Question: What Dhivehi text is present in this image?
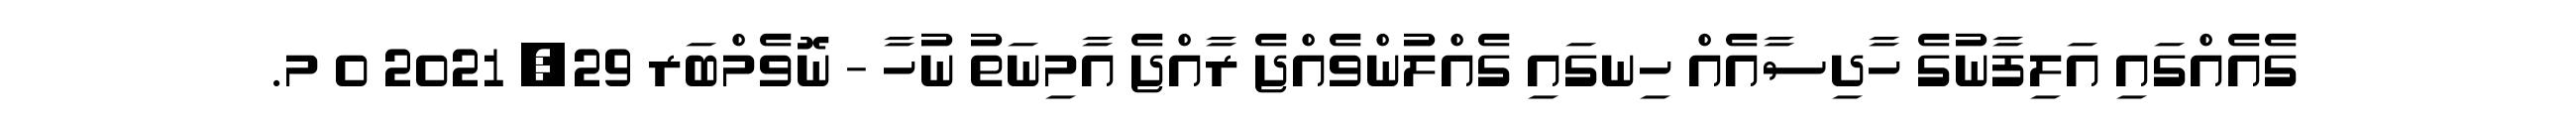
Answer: ގެއެއްގައި އަލިފާނުގެ ހާދިސާއެއް ހިނގައި ގެއްލުންވެއްޖެ ރާއްޖެ އާމިނަތު ނުހާ - ނޮވެމްބަރ 29, 2021 0 މ.